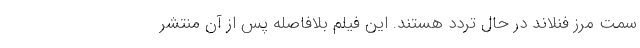
سمت مرز فنلاند در حال تردد هستند. این فیلم بلافاصله پس از آن منتشر